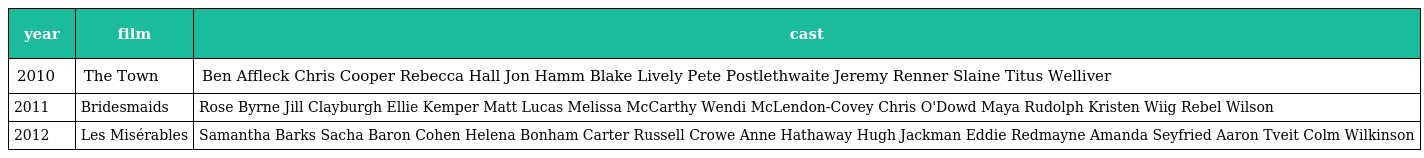
| year | film | cast |
 | --- | --- | --- |
 | 2010 | The Town | Ben Affleck Chris Cooper Rebecca Hall Jon Hamm Blake Lively Pete Postlethwaite Jeremy Renner Slaine Titus Welliver |
 | 2011 | Bridesmaids | Rose Byrne Jill Clayburgh Ellie Kemper Matt Lucas Melissa McCarthy Wendi McLendon-Covey Chris O'Dowd Maya Rudolph Kristen Wiig Rebel Wilson |
 | 2012 | Les Misérables | Samantha Barks Sacha Baron Cohen Helena Bonham Carter Russell Crowe Anne Hathaway Hugh Jackman Eddie Redmayne Amanda Seyfried Aaron Tveit Colm Wilkinson |